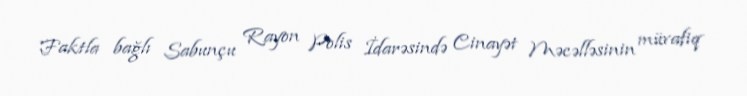
Faktla bağlı Sabunçu Rayon Polis İdarəsində Cinayət Məcəlləsinin müvafiq